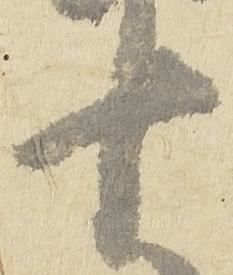
十